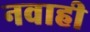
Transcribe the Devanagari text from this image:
नवाही